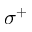
\sigma ^ { + }